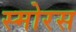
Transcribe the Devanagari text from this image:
स्मोरस